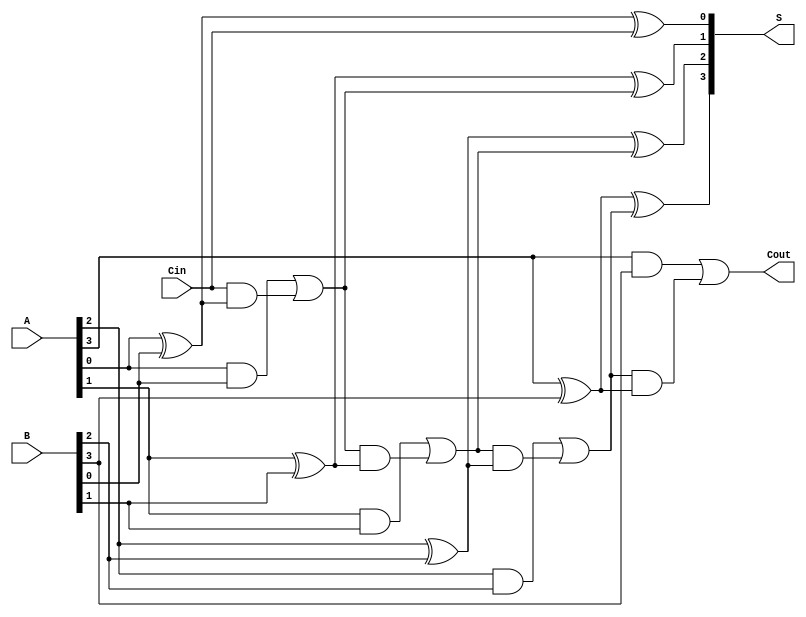
module han_carlson_adder #(
    parameter N = 4  // Parameter for bit width, can be changed to desired size
)(
    input  [N-1:0] A,     // First n-bit input
    input  [N-1:0] B,     // Second n-bit input
    input        Cin,      // Carry input
    output [N-1:0] S,     // n-bit sum output
    output       Cout      // Carry output
);

// Intermediate carry signals
wire [N:0] C; // Carry signals, C[N] will be the Cout

// Assign the initial carry
assign C[0] = Cin;

// Generate the sum and carry outputs
genvar i;
generate
    for (i = 0; i < N; i = i + 1) begin: adder
        // Sum output
        assign S[i] = A[i] ^ B[i] ^ C[i]; 
        
        // Carry output
        assign C[i + 1] = (A[i] & B[i]) | (C[i] & (A[i] ^ B[i]));
    end
endgenerate

// Final carry output
assign Cout = C[N];

endmodule